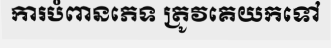
ការបំពានភេទ ត្រូវគេយកទៅ